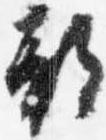
故